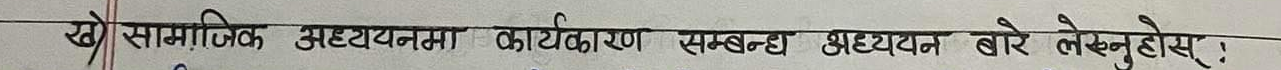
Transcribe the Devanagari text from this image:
ख) सामाजिक अध्ययनमा कार्यकरण सम्बन्ध अध्ययन बारे लेख्नुहोस् :